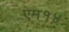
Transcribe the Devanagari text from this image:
एम१४